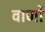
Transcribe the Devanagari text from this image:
वार्णो